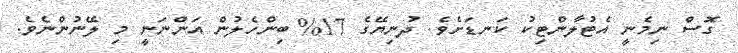
ގޮސް ނިމެނީ އެޓުލާންޓިކު ކަނޑަށެވެ. ދުނިޔޭގެ 17% ބިންހެލުން އަންނަނީ މި ލޭނުންނެވެ.